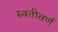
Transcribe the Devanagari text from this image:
स्वतीवर्ण